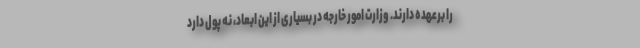
را برعهده دارند. وزارت امور خارجه در بسیاری از این ابعاد، نه پول دارد